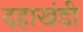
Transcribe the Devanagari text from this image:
दहाखंडी